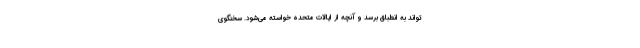
‌تواند به انطباق برسد و آنچه از ایالات متحده خواسته می‌شود. سخنگوی